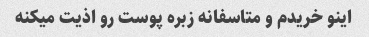
اینو خریدم و متاسفانه زبره پوست رو اذیت میکنه